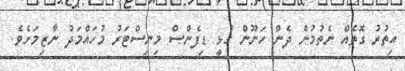
އިތުރު ގޮތެއް ނެތުމުން ދެން ހަނޫން ގުޅީ ޑިފެންސް މިނިސްޓަރު މުހައްމަދު ނާޒިމަށެވެ.